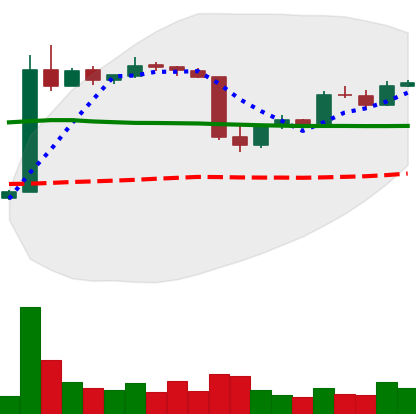
Ticker: LTC-USD
Chart end date: 2015-06-09
Forward return: 11.53%
Label: up_7plus